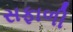
સફાળી